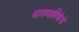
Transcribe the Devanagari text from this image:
धारावाहिकेचे